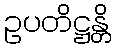
ဥပတိဋ္ဌန္တိ